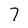
Character: 7